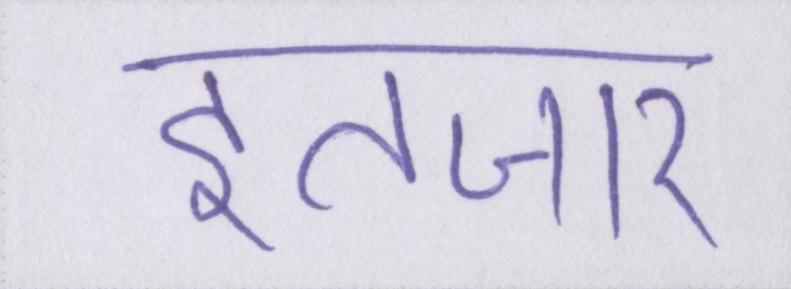
इंतजार